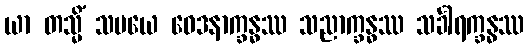
ယာ တသ္မိံ သမယေ ဝေဒနာက္ခန္ဓဿ သညာက္ခန္ဓဿ သင်္ခါရက္ခန္ဓဿ